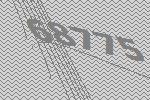
68775